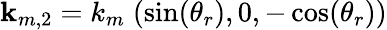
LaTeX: {\mathbf k_{m,2}}=k_{m}\; (\sin(\theta_{r}),0,-\cos(\theta_{r}))